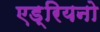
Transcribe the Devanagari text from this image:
एड्रियनो